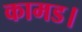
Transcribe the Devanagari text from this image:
कामड।